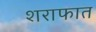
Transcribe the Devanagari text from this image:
शराफात